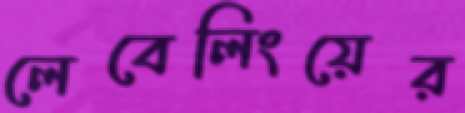
লেবেলিংয়ের